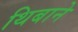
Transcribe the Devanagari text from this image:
थिबाने